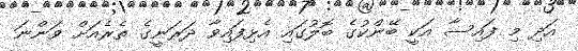
އަދި މި ފައިސާ އަކީ ބޭންކުގެ ބޮލުގައި އެޅިފައިވާ ދަރަނީގެ ތެރެއަށް ވަންނަ